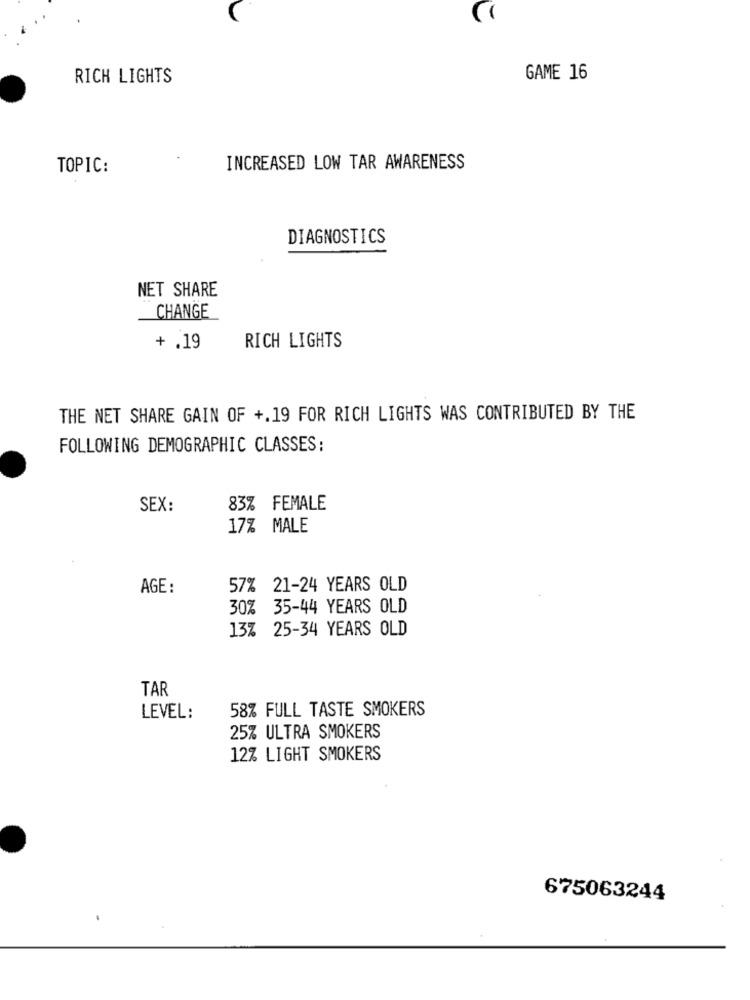
RICH LIGHTS
GAME 16
TOPIC:
INCREASED LOW TAR AWARENESS
DIAGNOSTICS
NET SHARE
CHANGE
+ .19
RICH LIGHTS
THE NET SHARE GAIN OF +.19 FOR RICH LIGHTS WAS CONTRIBUTED BY THE
FOLLOWING DEMOGRAPHIC CLASSES:
SEX:
83% FEMALE
17% MALE
AGE:
57% 21-24 YEARS OLD
30% 35-44 YEARS OLD
13% 25-34 YEARS OLD
TAR
58% FULL TASTE SMOKERS
LEVEL:
25% ULTRA SMOKERS
12% LIGHT SMOKERS
675063244